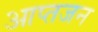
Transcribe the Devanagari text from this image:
आप्तजन